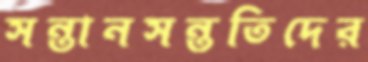
সন্তানসন্ততিদের